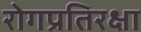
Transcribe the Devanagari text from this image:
रोगप्रतिरक्षा